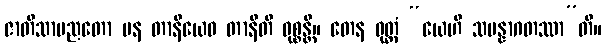
ဇာတိသာမညတော ပန တာနိယေဝ တာနီတိ ဝုစ္စန္တိ။ တေန ဝုတ္တံ “ယေဟိ သမန္နာဂတဿာ”တိ။